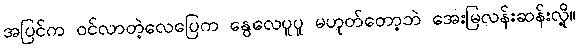
အပြင်က ဝင်လာတဲ့လေပြေက နွေလေပူပူ မဟုတ်တော့ဘဲ အေးမြလန်းဆန်းလို့။